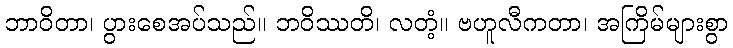
ဘာဝိတာ၊ ပွားစေအပ်သည်။ ဘဝိဿတိ၊ လတံ့။ ဗဟူလီကတာ၊ အကြိမ်များစွာ